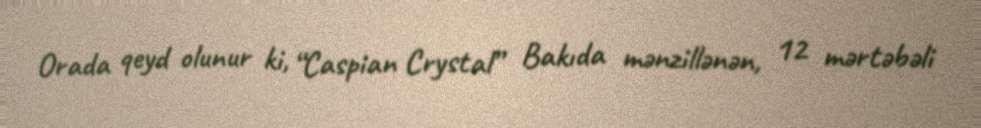
Orada qeyd olunur ki, “Caspian Crystal” Bakıda mənzillənən, 12 mərtəbəli